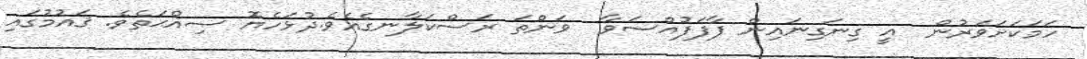
ހަމަކަށަވަރުން  އީ ގިނަގިނައިން ފާފަފުއްސަވާ  ވަންތަ ރަސްކަލާނގެއެވެ.ދުޅަހެޔޮ ޞިއްޙަތެވެ. ޤައުމުގައި